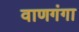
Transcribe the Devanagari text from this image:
वाणगंगा